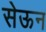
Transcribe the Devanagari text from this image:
सेऊन